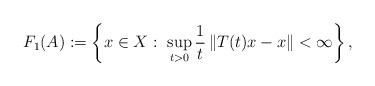
LaTeX: \begin{align*}F_1(A):=\left\{x\in X:\ \sup_{t>0}{\frac{1}{t}\left\|T(t)x-x\right\|}<\infty\right\},\end{align*}